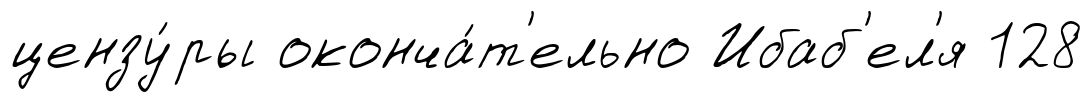
цензу́ры оконча́т'ельно Ибаб'ел'я 128